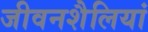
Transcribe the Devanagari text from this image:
जीवनशैलियां